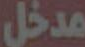
مدخل